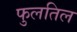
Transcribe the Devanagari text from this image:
फुलतिल